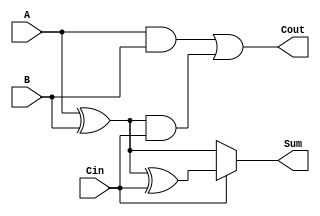
module ConditionalSumFullAdder (
    input wire A,     // First input bit
    input wire B,     // Second input bit
    input wire Cin,   // Carry-in bit
    output wire Sum,  // Resulting sum bit
    output wire Cout  // Carry-out bit
);

    // Intermediate signals for sum and carry calculations
    wire S0;         // Sum without carry-in
    wire S1;         // Sum with carry-in
    wire C0;         // Carry generated from A and B
    wire C1;         // Carry generated from S0 and Cin

    // Compute the first sum (S0) and the second sum (S1)
    assign S0 = A ^ B;         // S0 = A XOR B
    assign S1 = S0 ^ Cin;      // S1 = S0 XOR Cin

    // Compute the carry outputs
    assign C0 = A & B;         // C0 = A AND B
    assign C1 = S0 & Cin;      // C1 = S0 AND Cin

    // Final carry-out is the OR of C0 and C1
    assign Cout = C0 | C1;     // Cout = C0 OR C1

    // Select the final sum based on carry-in
    assign Sum = Cin ? S1 : S0; // Sum = S1 if Cin is 1, otherwise S0

endmodule